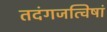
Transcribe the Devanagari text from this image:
तदंगजत्विषां